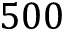
5 0 0